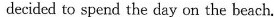
decided to spend the day on the beach.